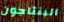
البنتاجون